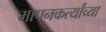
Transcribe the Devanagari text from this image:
मापनकर्त्यांच्या